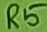
Text: R5